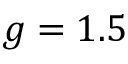
g = 1 . 5